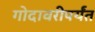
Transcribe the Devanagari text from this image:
गोदावरीपर्यंत